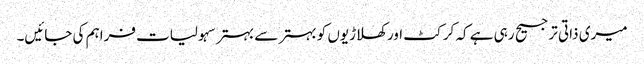
میری ذاتی ترجیح رہی ہے کہ کرکٹ اور کھلاڑیوں کو بہتر سے بہتر سہولیات فراہم کی جائیں۔